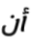
أن